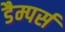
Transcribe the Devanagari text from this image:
डैम्पर्स